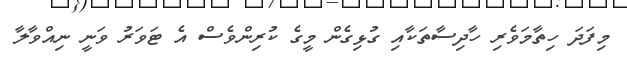
މިފަދަ ހިތާމަވެރި ހާދިސާތަކާއި ގުޅިގެން މީގެ ކުރިންވެސް އެ ޓަވަރު ވަނީ ނިއްވާލާ